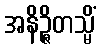
အနိဉ္ဇိတသ္မိံ